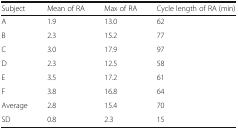
<table><thead><tr><td><b>Subject</b></td><td><b>Mean of RA</b></td><td><b>Max of RA</b></td><td><b>Cycle length of RA (min)</b></td></tr></thead><tbody><tr><td>A</td><td>1.9</td><td>13.0</td><td>62</td></tr><tr><td>B</td><td>2.3</td><td>15.2</td><td>77</td></tr><tr><td>C</td><td>3.0</td><td>17.9</td><td>97</td></tr><tr><td>D</td><td>2.3</td><td>12.5</td><td>58</td></tr><tr><td>E</td><td>3.5</td><td>17.2</td><td>61</td></tr><tr><td>F</td><td>3.8</td><td>16.8</td><td>64</td></tr><tr><td>Average</td><td>2.8</td><td>15.4</td><td>70</td></tr><tr><td>SD</td><td>0.8</td><td>2.3</td><td>15</td></tr></tbody></table>